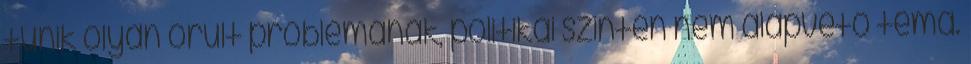
tűnik olyan őrült problémának, politikai szinten nem alapvető téma.